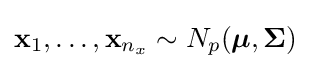
{\mathbf {x} }_{1},\dots ,{\mathbf {x} }_{n_{x}}\sim N_{p}({\boldsymbol {\mu }},{\mathbf {\Sigma } })